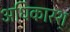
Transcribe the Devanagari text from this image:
अधिकारश्